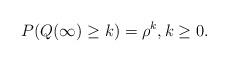
LaTeX: \begin{align*} P(Q(\infty) \geq k) = \rho^k, k\geq 0.\end{align*}